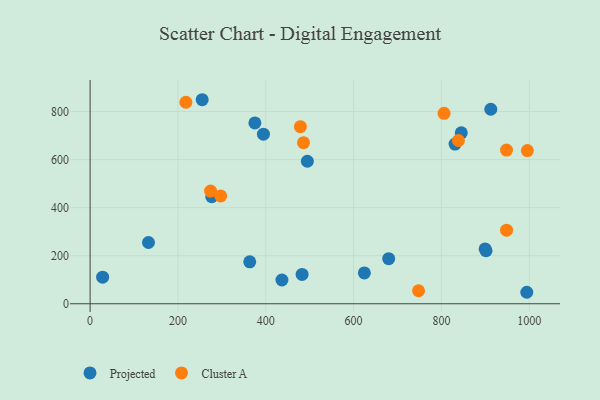
{"axis": {"x": "Ad Spend", "y": "Profit"}, "legend": ["Cluster A", "Projected"], "data": [{"x": "394.7", "y": 706.1, "type": "Projected"}, {"x": "831.0", "y": 664.7, "type": "Projected"}, {"x": "28.5", "y": 110.8, "type": "Projected"}, {"x": "363.5", "y": 174.6, "type": "Projected"}, {"x": "436.8", "y": 99.0, "type": "Projected"}, {"x": "845.2", "y": 711.6, "type": "Projected"}, {"x": "679.9", "y": 187.8, "type": "Projected"}, {"x": "994.4", "y": 47.8, "type": "Projected"}, {"x": "494.7", "y": 593.4, "type": "Projected"}, {"x": "899.5", "y": 228.2, "type": "Projected"}, {"x": "132.9", "y": 255.1, "type": "Projected"}, {"x": "912.4", "y": 809.8, "type": "Projected"}, {"x": "277.0", "y": 445.5, "type": "Projected"}, {"x": "375.2", "y": 753.1, "type": "Projected"}, {"x": "624.5", "y": 128.4, "type": "Projected"}, {"x": "901.6", "y": 220.7, "type": "Projected"}, {"x": "482.7", "y": 122.3, "type": "Projected"}, {"x": "255.2", "y": 849.5, "type": "Projected"}, {"x": "218.1", "y": 838.9, "type": "Cluster A"}, {"x": "948.2", "y": 639.9, "type": "Cluster A"}, {"x": "297.3", "y": 448.8, "type": "Cluster A"}, {"x": "806.0", "y": 792.7, "type": "Cluster A"}, {"x": "478.8", "y": 737.1, "type": "Cluster A"}, {"x": "747.9", "y": 54.1, "type": "Cluster A"}, {"x": "274.3", "y": 469.0, "type": "Cluster A"}, {"x": "948.3", "y": 306.4, "type": "Cluster A"}, {"x": "838.7", "y": 679.8, "type": "Cluster A"}, {"x": "995.7", "y": 637.8, "type": "Cluster A"}, {"x": "486.0", "y": 670.6, "type": "Cluster A"}]}